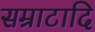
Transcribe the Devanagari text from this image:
सम्राटादि